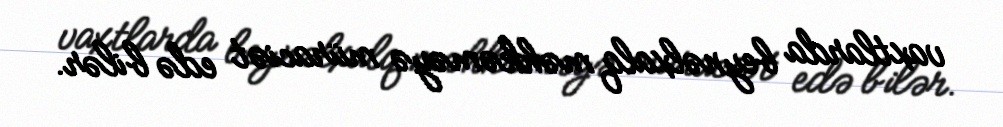
vaxtlarda beynəlxalq məhkəməyə müraciət edə bilər.